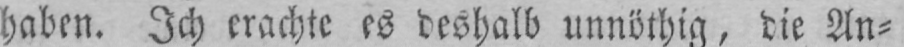
haben. Ich erachte es deshalb unnöthig, die An⸗